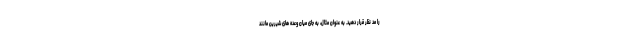
را مد نظر قرار دهید. به عنوان مثال، به جای میان وعده های شیرین مانند